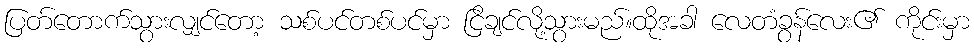
ပြတ်တောက်သွားလျှင်တော့ သစ်ပင်တစ်ပင်မှာ ငြိချင်လို့သွားမည်။ထိုအခါ လေတံခွန်လေး၏ ကိုင်းမှာ